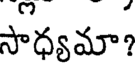
సాధ్యమా?